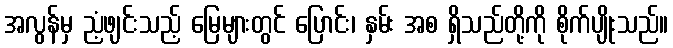
အလွန်မှ ညံ့ဖျင်းသည့် မြေများတွင် ပြောင်း၊ နှမ်း အစ ရှိသည်တို့ကို စိုက်ပျိုးသည်။